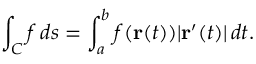
\int _ { C } f \, d s = \int _ { a } ^ { b } f ( \mathbf { r } ( t ) ) | \mathbf { r } ^ { \prime } ( t ) | \, d t .